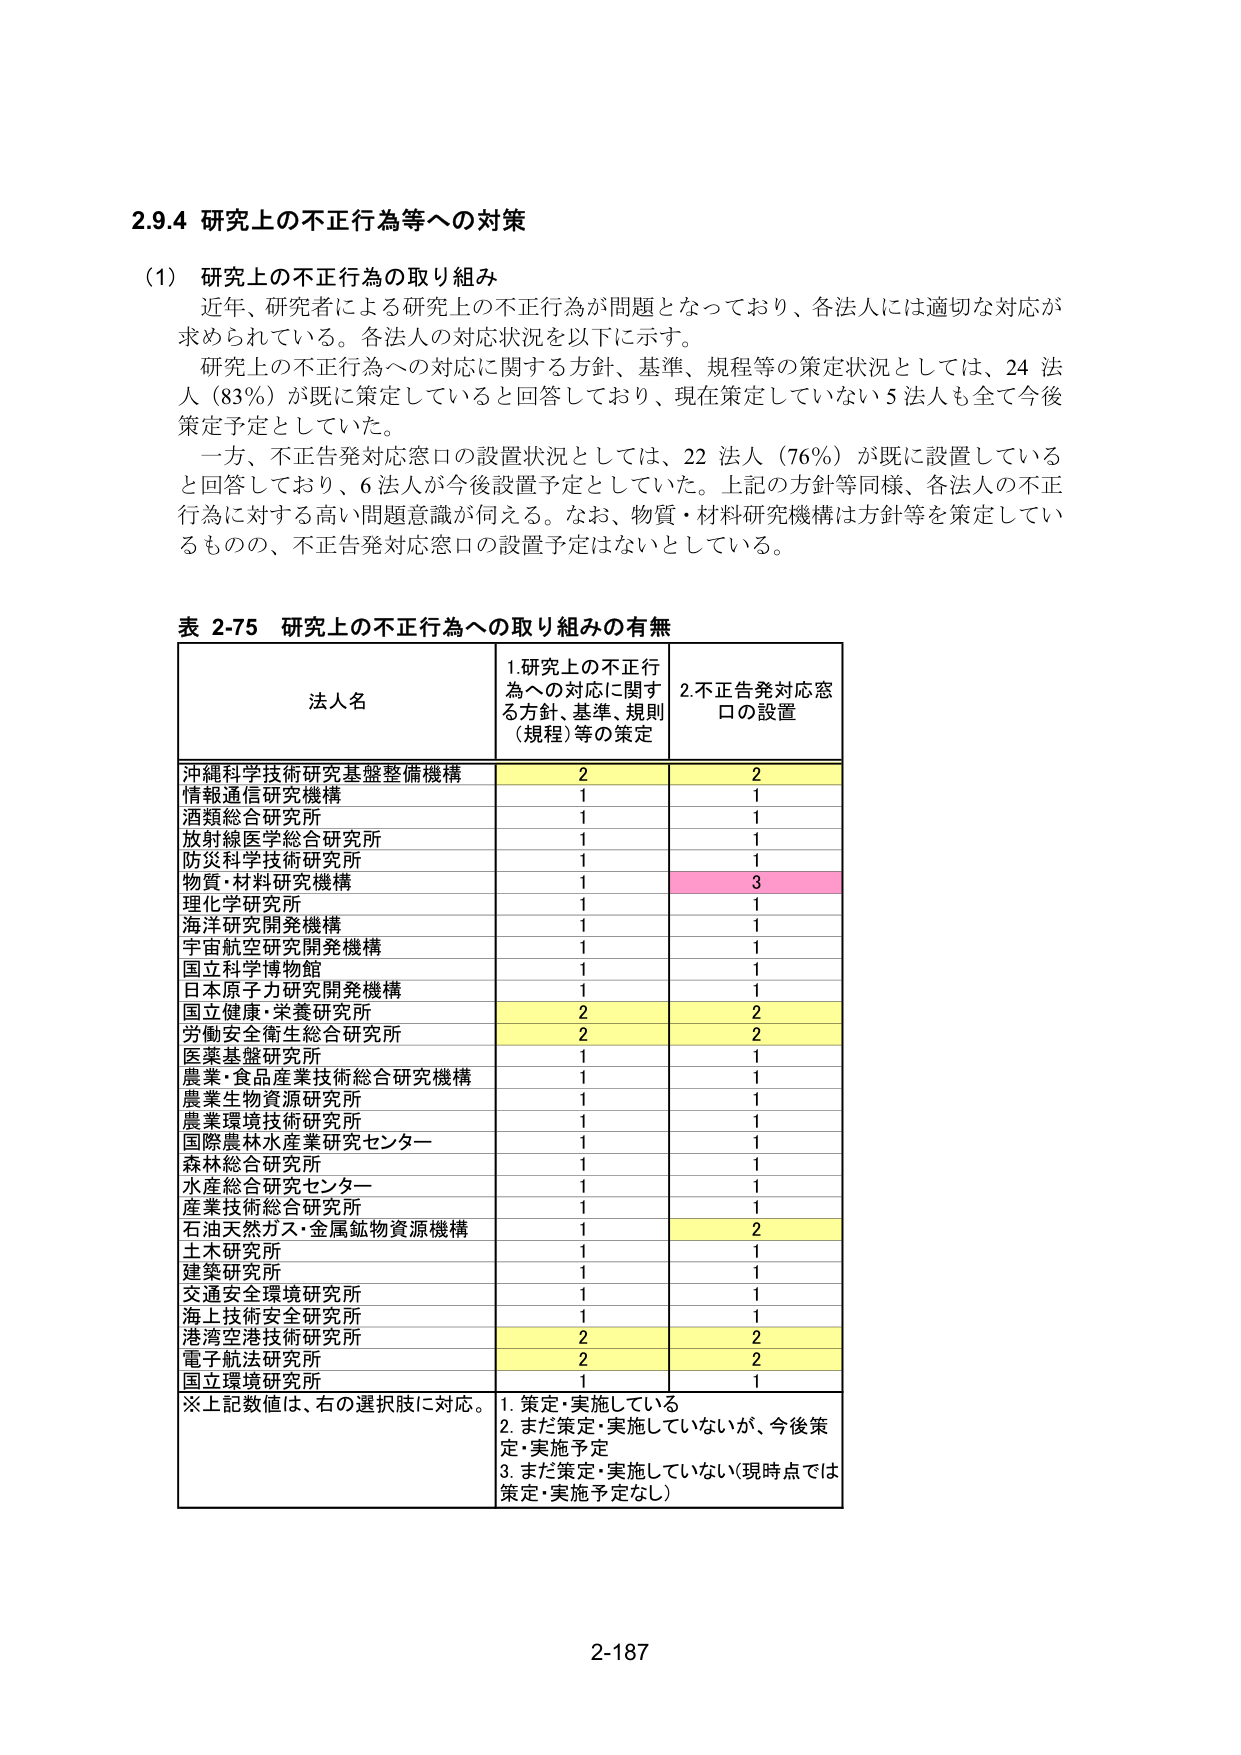
2.9.4 研究上の不正行為等への対策

(1) 研究上の不正行為の取り組み
近年、研究者による研究上の不正行為が問題となっており、各法人には適切な対応が求められている。各法人の対応状況を以下に示す。
研究上の不正行為への対応に関する方針、基準、規程等の策定状況としては、24 法人（83％）が既に策定していると回答しており、現在策定していない5法人も全て今後策定予定としていた。
一方、不正告発対応窓口の設置状況としては、22 法人（76％）が既に設置していると回答しており、6法人が今後設置予定としていた。上記の方針等同様、各法人の不正行為に対する高い問題意識が伺える。なお、物質・材料研究機構は方針等を策定しているものの、不正告発対応窓口の設置予定はないとしている。

表 2-75 研究上の不正行為への取り組みの有無

| 法人名 | 1.研究上の不正行為への対応に関する方針、基準、規則（規程）等の策定 | 2.不正告発対応窓口の設置 |
| :--- | :--- | :--- |
| 沖縄科学技術研究基盤整備機構 | 2 | 2 |
| 情報通信研究機構 | 1 | 1 |
| 酒類総合研究所 | 1 | 1 |
| 放射線医学総合研究所 | 1 | 1 |
| 防災科学技術研究所 | 1 | 1 |
| 物質・材料研究機構 | 1 | 3 |
| 理化学研究所 | 1 | 1 |
| 海洋研究開発機構 | 1 | 1 |
| 宇宙航空研究開発機構 | 1 | 1 |
| 国立科学博物館 | 1 | 1 |
| 日本原子力研究開発機構 | 1 | 1 |
| 国立健康・栄養研究所 | 2 | 2 |
| 労働安全衛生総合研究所 | 2 | 2 |
| 医薬基盤研究所 | 1 | 1 |
| 農業・食品産業技術総合研究機構 | 1 | 1 |
| 農業生物資源研究所 | 1 | 1 |
| 農業環境技術研究所 | 1 | 1 |
| 国際農林水産業研究センター | 1 | 1 |
| 森林総合研究所 | 1 | 1 |
| 水産総合研究センター | 1 | 1 |
| 産業技術総合研究所 | 1 | 1 |
| 石油天然ガス・金属鉱物資源機構 | 1 | 2 |
| 土木研究所 | 1 | 1 |
| 建築研究所 | 1 | 1 |
| 交通安全環境研究所 | 1 | 1 |
| 海上技術安全研究所 | 1 | 1 |
| 港湾空港技術研究所 | 2 | 2 |
| 電子航法研究所 | 2 | 2 |
| 国立環境研究所 | 1 | 1 |

※上記数値は、右の選択肢に対応。
1. 策定・実施している
2. まだ策定・実施していないが、今後策定・実施予定
3. まだ策定・実施していない（現時点では策定・実施予定なし）

2-187